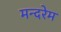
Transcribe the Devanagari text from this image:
मन्दरेम